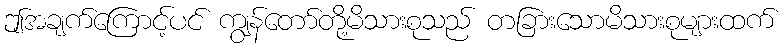
ဤအချက်ကြောင့်ပင် ကျွန်တော်တို့မိသားစုသည် တခြားသောမိသားစုများထက်